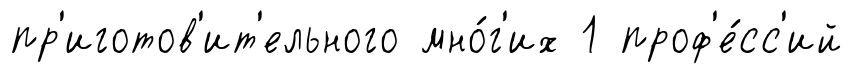
пр'иготов'ит'ельного мно́г'их 1 проф'е́сс'ий